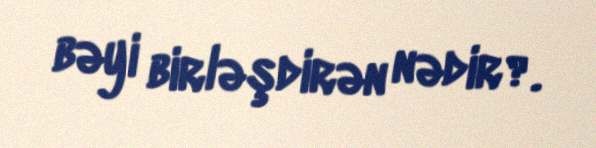
bəyi birləşdirən nədir?.